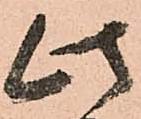
此